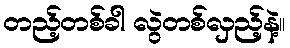
တည့်တစ်ခါ လွဲတစ်လှည့်နဲ့။